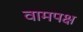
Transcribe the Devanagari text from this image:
वामपक्ष